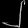
Digit: ၂